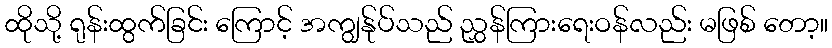
ထိုသို့ ရုန်းထွက်ခြင်း ကြောင့် အကျွန်ုပ်သည် ညွှန်ကြားရေးဝန်လည်း မဖြစ် တော့။